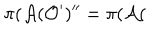
LaTeX: \pi ( \mathcal { A } ( \mathcal { O } ^ { \prime } ) ^ { \prime \prime } = \pi ( \mathcal { A } (